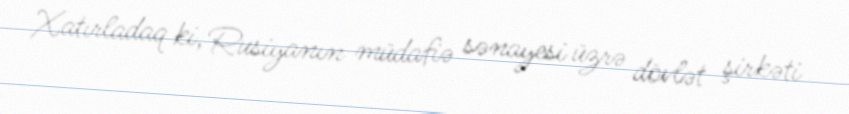
Xatırladaq ki, Rusiyanın müdafiə sənayesi üzrə dövlət şirkəti